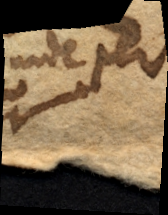
inde per